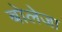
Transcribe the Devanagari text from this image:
बोलेजा